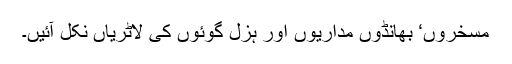
مسخروں‘ بھانڈوں مداریوں اور ہزل گوئوں کی لاٹریاں نکل آئیں۔